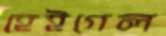
হেইগেল